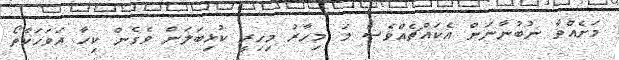
މަށެއްވާ ނުބުނާނަން އެކައްޗެއްވެސް މަ މިހާރު މިހިރީ ކުޅިބަލަން ވެގެން ކިހާ އަވަހަކާތޯ